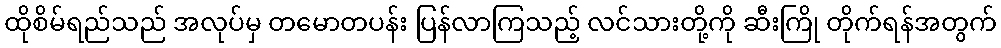
ထိုစိမ်ရည်သည် အလုပ်မှ တမောတပန်း ပြန်လာကြသည့် လင်သားတို့ကို ဆီးကြို တိုက်ရန်အတွက်